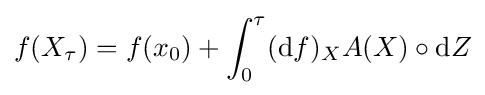
f(X_{\tau })=f(x_{0})+\int _{0}^{\tau }(\mathrm {d} f)_{X}A(X)\circ \mathrm {d} Z